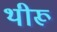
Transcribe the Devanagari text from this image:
थीरू